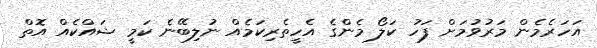
އަހަރެމެން މަރުވުމަށް ފަހު ކަލޯ މެންގެ އެހީތެރިކަމެއް ނުލިބޭނެ ކަމީ ޝައްކެއް އޮތް